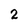
Character: 2